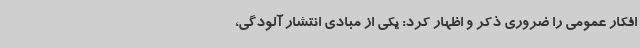
افکار عمومی را ضروری ذکر و اظهار کرد: یکی از مبادی انتشار آلودگی،